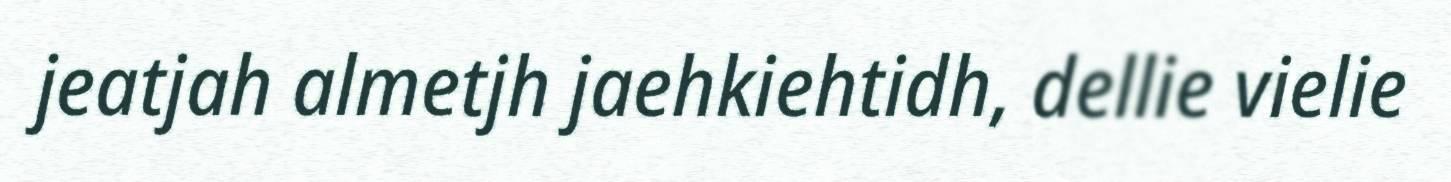
jeatjah almetjh jaehkiehtidh, dellie vielie